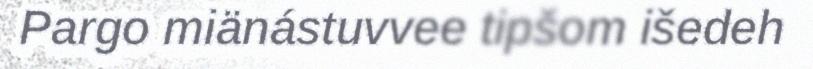
Pargo miänástuvvee tipšom išedeh